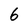
Character: 6